Problem: 91 + 71 = ?
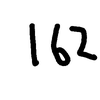
Handwritten answer: 162